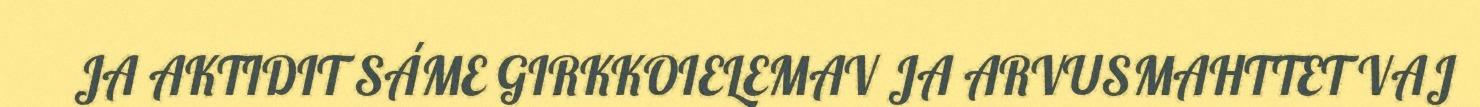
JA AKTIDIT SÁME GIRKKOIELEMAV JA ARVUSMAHTTET VAJ